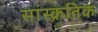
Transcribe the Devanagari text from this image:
सांस्क्रतिक